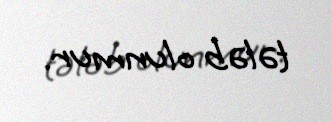
tələb olunmur.